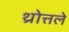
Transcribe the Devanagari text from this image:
थ्रोत्तले